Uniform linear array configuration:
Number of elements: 64
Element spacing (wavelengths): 0.5
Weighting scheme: exponential
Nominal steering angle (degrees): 45
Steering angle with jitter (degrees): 44.583
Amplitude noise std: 0.05
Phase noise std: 0.05

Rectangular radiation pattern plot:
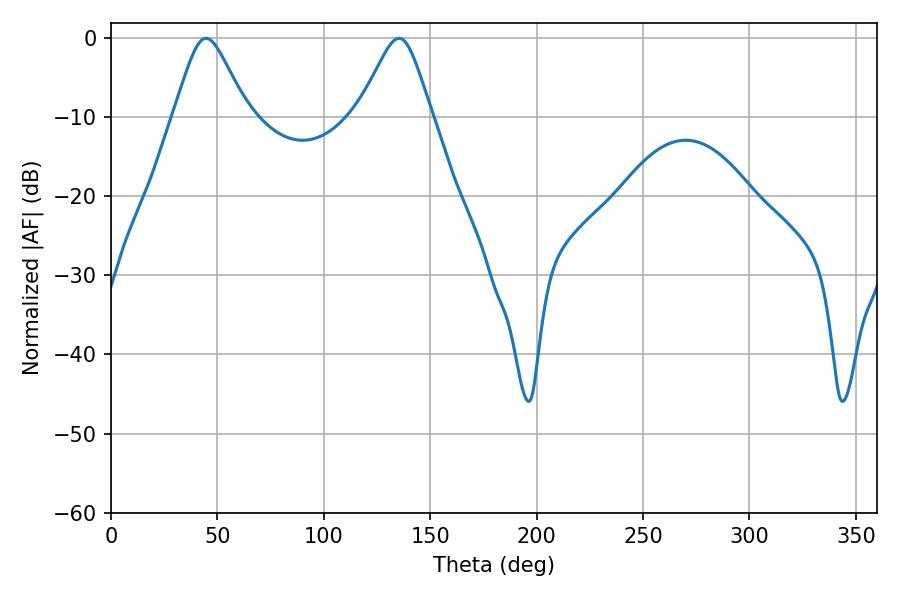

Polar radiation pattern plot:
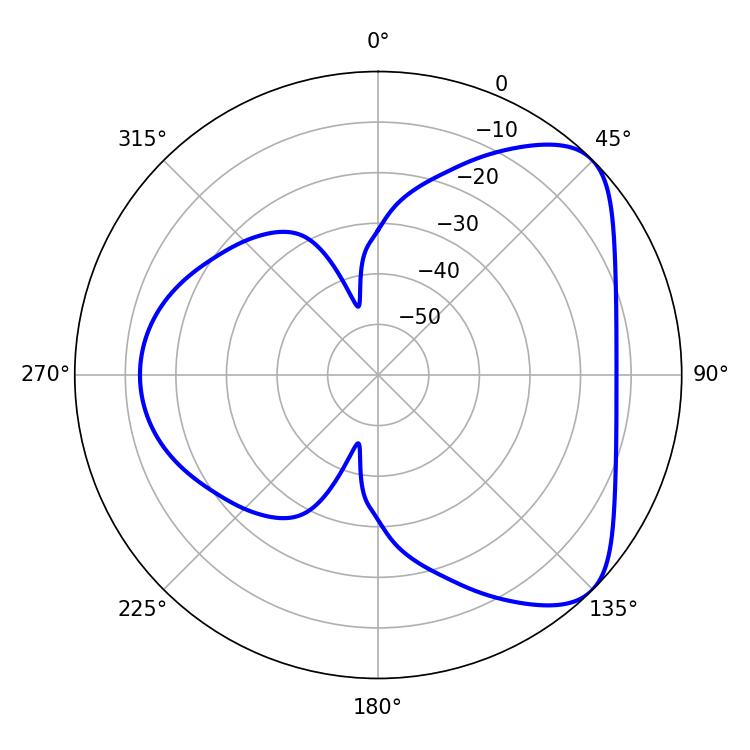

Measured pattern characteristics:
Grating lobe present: FALSE
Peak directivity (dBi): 6.05
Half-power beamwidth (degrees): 16.56
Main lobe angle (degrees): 44.64